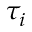
\tau _ { i }